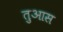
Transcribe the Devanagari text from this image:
तुआस